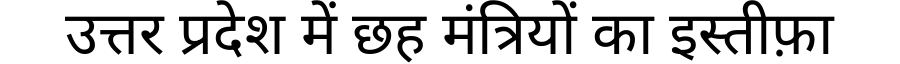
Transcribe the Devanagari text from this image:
उत्तर प्रदेश में छह मंत्रियों का इस्तीफ़ा